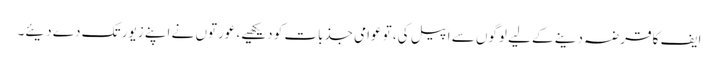
ایف کا قرضہ دینے کے لیے لوگوں سے اپیل کی، تو عوامی جذبات کو دیکھیے، عورتوں نے اپنے زیور تک دے دیئے۔